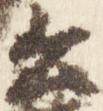
公